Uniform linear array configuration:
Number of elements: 8
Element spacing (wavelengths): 0.5
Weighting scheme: uniform
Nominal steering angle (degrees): -30
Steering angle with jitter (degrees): -29.511
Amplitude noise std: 0.05
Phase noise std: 0.05

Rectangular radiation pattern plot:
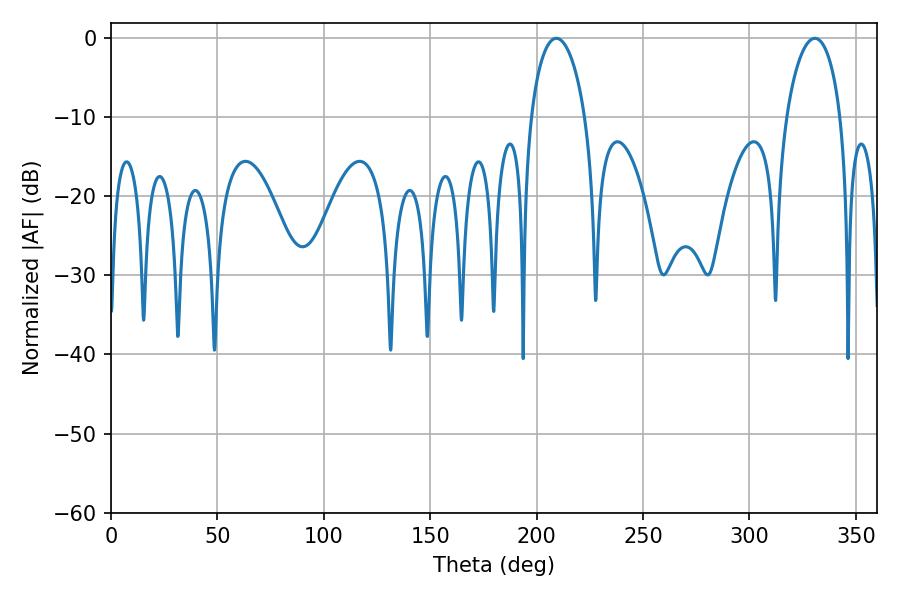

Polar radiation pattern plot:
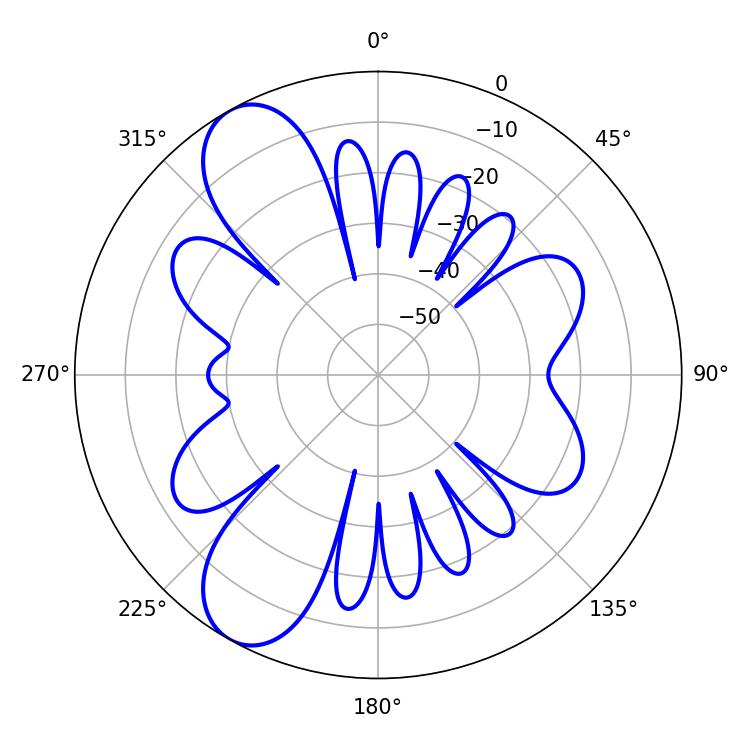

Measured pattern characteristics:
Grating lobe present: FALSE
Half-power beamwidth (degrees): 14.76
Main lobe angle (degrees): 209.34